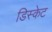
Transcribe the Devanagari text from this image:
डिस्केट